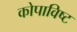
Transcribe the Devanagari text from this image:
कोपाविष्ट